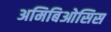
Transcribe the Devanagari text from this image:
अमिबिओसिस